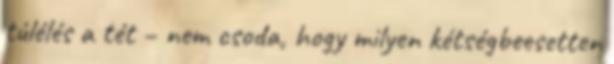
túlélés a tét – nem csoda, hogy milyen kétségbeesetten